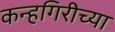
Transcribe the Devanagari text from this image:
कन्हगिरीच्या